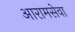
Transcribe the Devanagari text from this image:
आरामसेवा